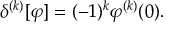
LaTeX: \delta ^ { ( k ) } [ \varphi ] = ( - 1 ) ^ { k } \varphi ^ { ( k ) } ( 0 ) .